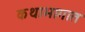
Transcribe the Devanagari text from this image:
कथाभागात